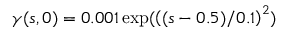
\gamma ( s , 0 ) = 0 . 0 0 1 \, \mathrm { e x p } ( \left( ( s - 0 . 5 ) / { 0 . 1 } \right) ^ { 2 } )